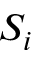
S _ { i }